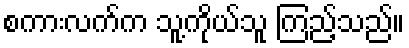
စကားလက်က သူ့ကိုယ်သူ ကြည့်သည်။